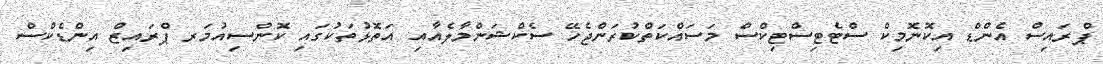
ޕްރައިސް އެންޑް އިކޮނޮމިކް ސްޓެޓިސްޓިކްސް މަސައްކަތްކުރަންޖެހޭ ސެކްޝަންމާލެއާއި އަތޮޅުތަކުގައި ކޮންސިއުމަރ ޕްރައިޒް އިންޑެކްސް